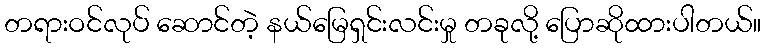
တရားဝင်လုပ် ဆောင်တဲ့ နယ်မြေရှင်းလင်းမှု တခုလို့ ပြောဆိုထားပါတယ်။